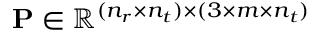
\mathbf { P } \in \mathbb { R } ^ { ( n _ { r } \times n _ { t } ) \times ( 3 \times m \times n _ { t } ) }